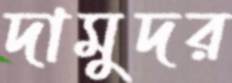
দামুদর